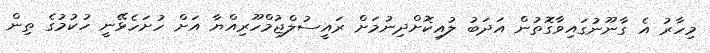
މިހާރު އެ ގާނޫނުގައިވާގޮތުން އަދަބު ލުއިކޮށްދިނުމަށް ރައީސުލްޖުމްހޫރިއްޔާ އަށް ހުށަހެޅޭނީ ހުކުމުގެ ތިން